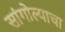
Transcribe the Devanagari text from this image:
सांगोल्याचा